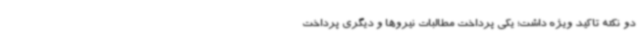
دو نکته تاکید ویژه داشت؛ یکی پرداخت مطالبات نیروها و دیگری پرداخت